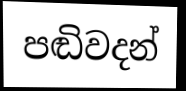
පඬිවදන්